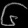
Digit: ၆